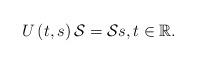
LaTeX: \begin{align*}U\left( t,s\right) \mathcal{S}=\mathcal{S}s,t\in\mathbb{R}.\end{align*}